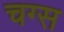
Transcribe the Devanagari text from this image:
चग्स